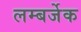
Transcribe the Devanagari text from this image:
लम्बर्जेक